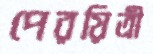
পেরয়িত্রী